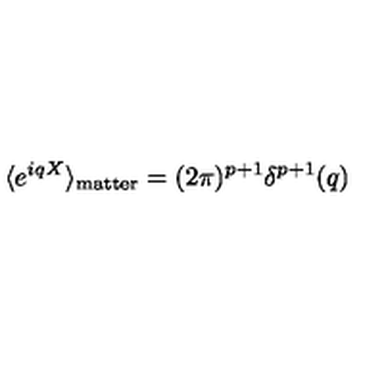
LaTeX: \langle e ^ { i q X } \rangle _ { \mathrm { m a t t e r } } = ( 2 \pi ) ^ { p + 1 } \delta ^ { p + 1 } ( q )